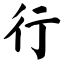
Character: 行